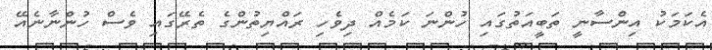
އެކަމަކު އިންސާނީ ތަބީއަތުގައި ހުންނަ ކަމެއް ދިވެހި ރައްޔިތުންގެ ތެރޭގައި ވެސް ހުންނާނެއޭ